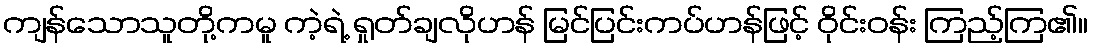
ကျန်သောသူတို့ကမူ ကဲ့ရဲ့ ရှုတ်ချလိုဟန် မြင်ပြင်းကပ်ဟန်ဖြင့် ဝိုင်းဝန်း ကြည့်ကြ၏။